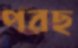
পরছ